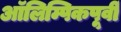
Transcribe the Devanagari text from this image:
ऑलिम्पिकपूर्वी